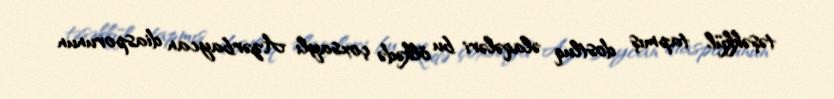
təşəkkül tapmış dostluq əlaqələri bu ölkədə çoxsaylı Azərbaycan diasporunun